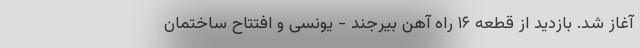
آغاز شد. بازدید از قطعه ۱۶ راه آهن بیرجند - یونسی و افتتاح ساختمان